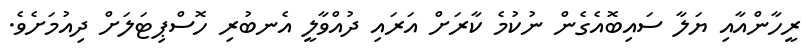
ރީހާންއާއި ޔަލާ ސައިބޮއެގެން ނުކުމެ ކާރަށް އަރައި ދުއްވާލީ އެނބުރި ހޮސްޕިޓަލަށް ދިއުމަށެވެ.